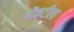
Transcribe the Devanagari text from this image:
चौकटीला